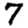
Digit: 7